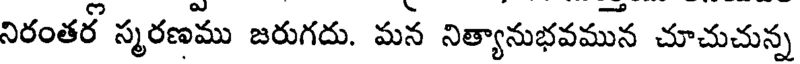
నిరంతర్ స్మరణము జరుగదు. మన నిత్యానుభవమున చూచుచున్న